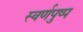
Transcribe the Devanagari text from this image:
स्वर्णपुष्प